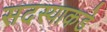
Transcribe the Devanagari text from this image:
सदस्याकडे